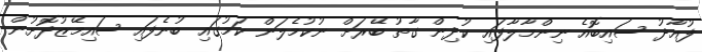
ފުއާދު ސައިބޮއެ ނިންމާލާފައި ކުދިން ގާތު ބޭރަށް ނުކުމެލަން ކަމުގައި ބުނެފައި ސައިމޭޒުދޮށުން